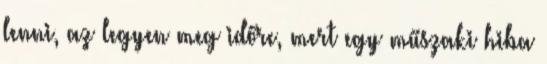
lenni, az legyen meg időre, mert egy műszaki hiba